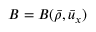
B = B ( \bar { \rho } , \bar { u } _ { x } )